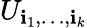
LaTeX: U_{\mathbf{i}_{1},\dots,\mathbf{i}_{k}}